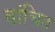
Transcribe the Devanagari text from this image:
वांचित